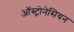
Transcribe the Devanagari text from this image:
ऑस्ट्रोनेसियन